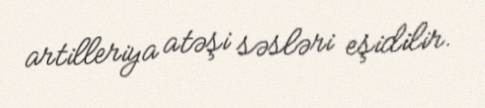
artilleriya atəşi səsləri eşidilir.